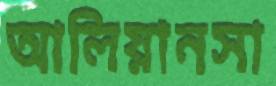
আলিয়ানসা